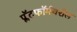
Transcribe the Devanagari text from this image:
प्लॅटफॉर्मवरील